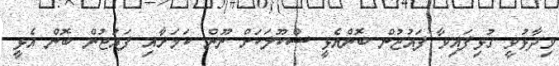
ވިދާޅުވީ ގުޅިފައިވާ ފައުޖުން ބޮންއެޅީ ސްކޫލަކަށް ނޫން ކަމަށާއި ފައުޖުން ބޮން އެޅީ